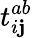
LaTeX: t_{i\mathbf{j}}^{ab}